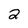
Character: 2